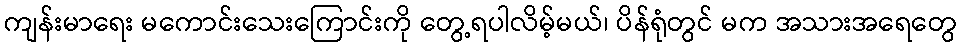
ကျန်းမာရေး မကောင်းသေးကြောင်းကို တွေ့ရပါလိမ့်မယ်၊ ပိန်ရုံတွင် မက အသားအရေတွေ